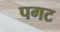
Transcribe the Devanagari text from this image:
पगट